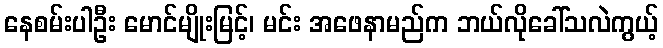
နေစမ်းပါဦး မောင်မျိုးမြင့်၊ မင်း အဖေနာမည်က ဘယ်လိုခေါ်သလဲကွယ့်